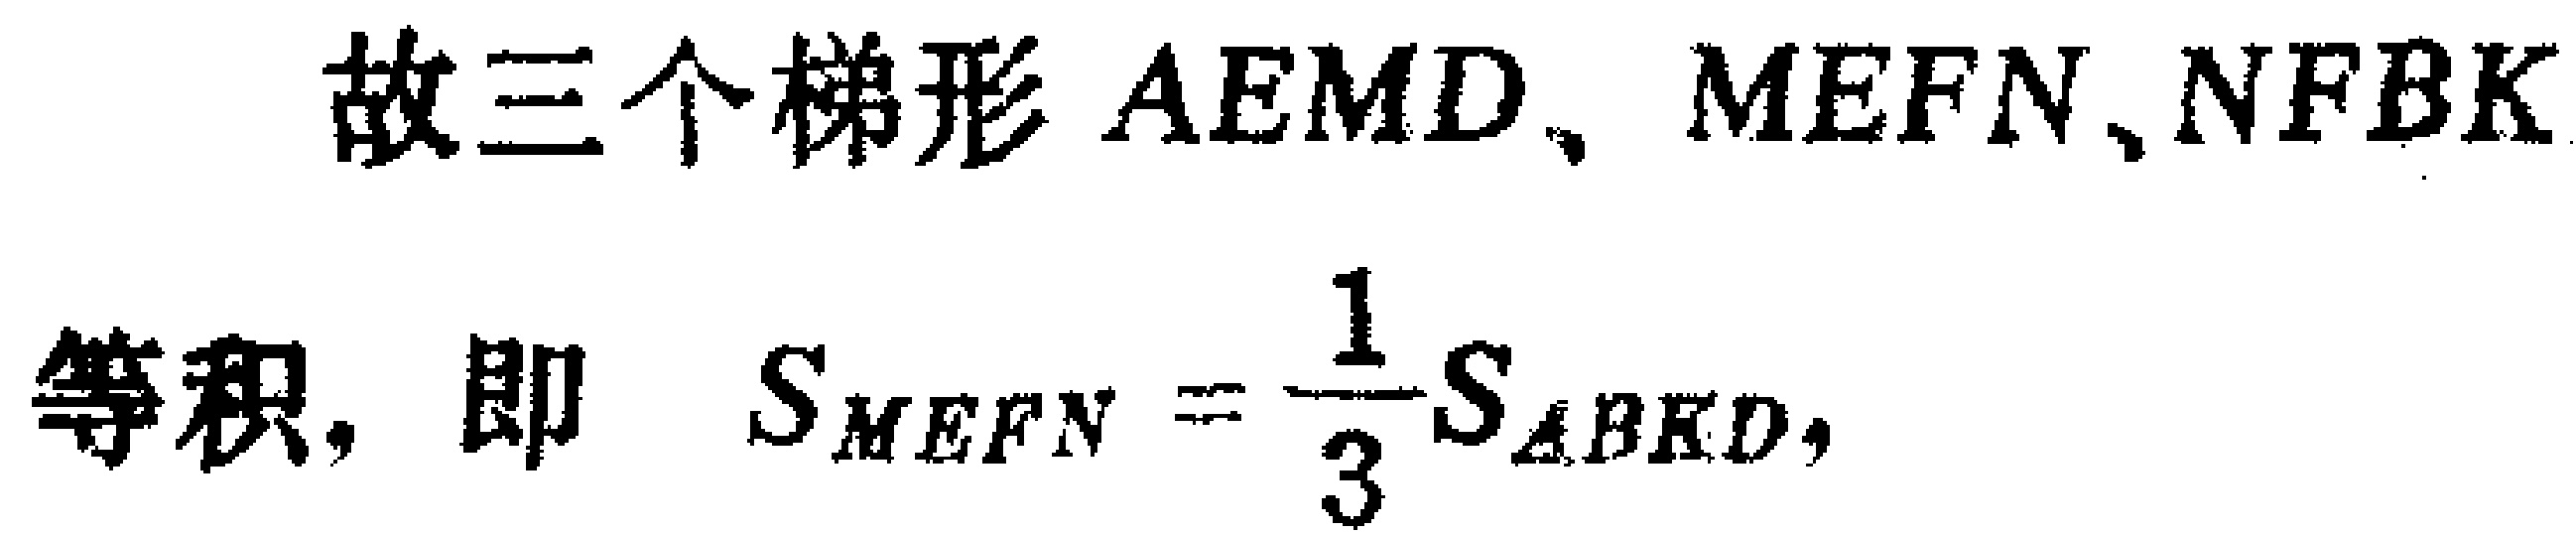
故三个梯形 \(AEMD\)、\(MEFN\)、\(NFBK\)
等积，即 \(S_{MEFN}=\frac{1}{3}S_{ABKD}\)，